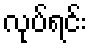
လုပ်ရင်း